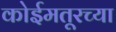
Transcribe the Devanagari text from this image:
कोईमतूरच्या